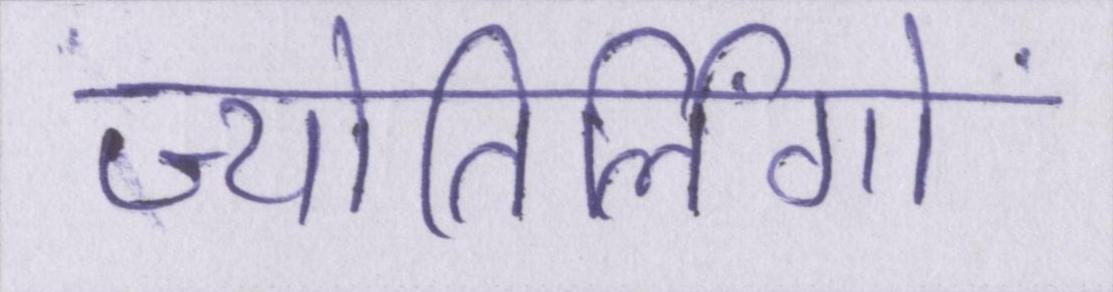
ज्योतिर्लिंगों